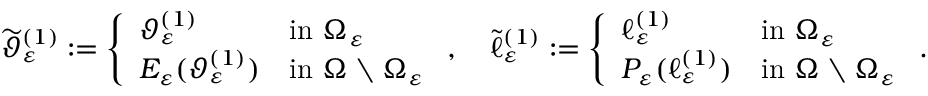
\widetilde { \vartheta } _ { \varepsilon } ^ { ( 1 ) } : = \left\{ \begin{array} { l l } { \vartheta _ { \varepsilon } ^ { ( 1 ) } } & { \mathrm { i n ~ } \Omega _ { \varepsilon } } \\ { E _ { \varepsilon } ( \vartheta _ { \varepsilon } ^ { ( 1 ) } ) } & { \mathrm { i n ~ } \Omega \setminus \Omega _ { \varepsilon } } \end{array} \right. , \quad \widetilde { \ell } _ { \varepsilon } ^ { ( 1 ) } : = \left\{ \begin{array} { l l } { \ell _ { \varepsilon } ^ { ( 1 ) } } & { \mathrm { i n ~ } \Omega _ { \varepsilon } } \\ { P _ { \varepsilon } ( \ell _ { \varepsilon } ^ { ( 1 ) } ) } & { \mathrm { i n ~ } \Omega \setminus \Omega _ { \varepsilon } } \end{array} \right. .